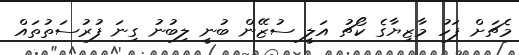
މެޗަށް ފަހު މާޒިޔާގެ ކޯޗު އަލީ ސުޒޭން ބުނީ ލިބުނު ގިނަ ފުރުސަތުތައް